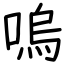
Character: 嗚